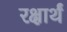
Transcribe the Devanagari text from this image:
रक्षार्थं